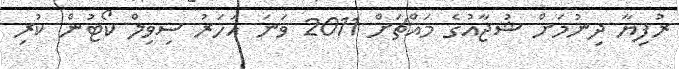
ރުފިޔާ ދިނުމަށް ޝުޖާއުގެ މައްޗަށް 2011 ވަނަ އަހަރު ސިވިލް ކޯޓުން ކުރި